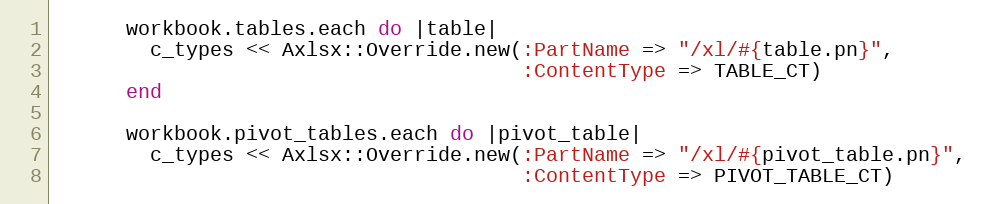
Language: Ruby
      workbook.tables.each do |table|
        c_types << Axlsx::Override.new(:PartName => "/xl/#{table.pn}",
                                       :ContentType => TABLE_CT)
      end

      workbook.pivot_tables.each do |pivot_table|
        c_types << Axlsx::Override.new(:PartName => "/xl/#{pivot_table.pn}",
                                       :ContentType => PIVOT_TABLE_CT)